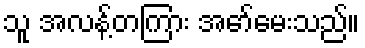
သူ အလန့်တကြား အော်မေးသည်။